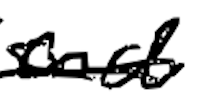
Text: and
Cross-out: scratch
Writing tool: digital_black